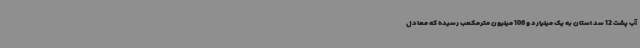
آب پشت 12 سد استان به یک میلیارد و 106 میلیون مترمکعب رسیده که معادل